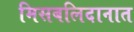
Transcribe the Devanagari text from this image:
मिसबलिदानात